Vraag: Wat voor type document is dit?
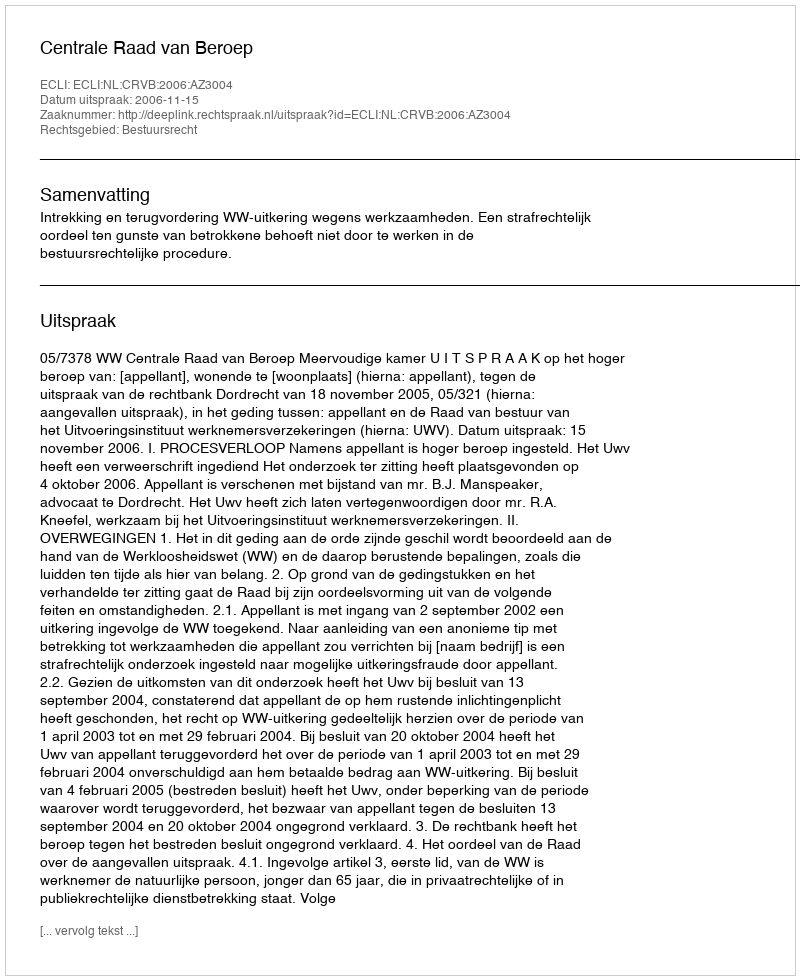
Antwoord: Uitspraak